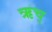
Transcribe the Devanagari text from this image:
ऋच्‌